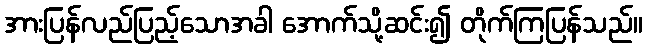
အားပြန်လည်ပြည့်သောအခါ အောက်သို့ဆင်း၍ တိုက်ကြပြန်သည်။